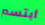
أبتسم